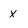
Character: x